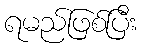
ရမည်ဖြစ်ပြီး